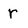
Character: r